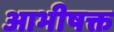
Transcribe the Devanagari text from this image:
आभीषक्त